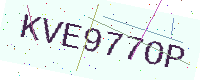
Text: KVE977OP